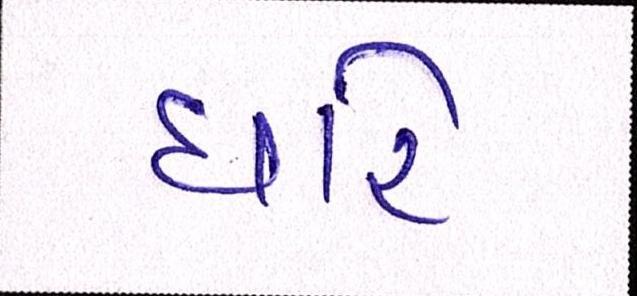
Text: ધારે